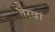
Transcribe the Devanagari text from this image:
तेरवां